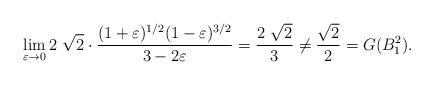
LaTeX: \begin{align*}\lim_{\varepsilon\rightarrow 0}2\ \sqrt{2}\cdot\frac{(1+\varepsilon)^{1/2}(1-\varepsilon)^{3/2}}{3 - 2 \varepsilon}=\frac{2\ \sqrt{2}}{3}\neq \frac{\sqrt{2}}{2}=G(B_1^2).\end{align*}